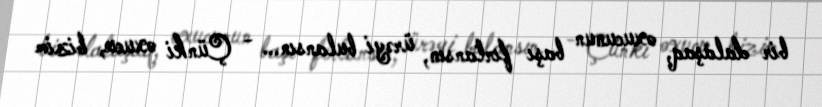
bir dalaşaq, oxucunun başı fırlansın, ürəyi bulansın... - Çünki oxucu, bizim